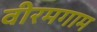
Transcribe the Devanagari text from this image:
वीरमगाम